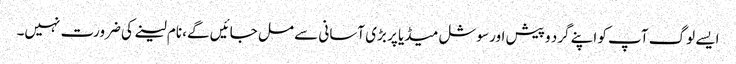
ایسے لوگ آپ کو اپنے گرد و پیش اور سوشل میڈیا پر بڑی آسانی سے مل جائیں گے، نام لینے کی ضرورت نہیں۔